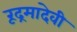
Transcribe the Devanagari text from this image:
रूद्रमादेवी